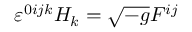
\varepsilon ^ { 0 i j k } H _ { k } = \sqrt { - g } F ^ { i j }